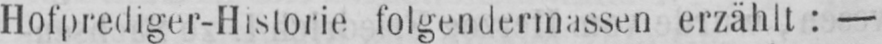
Hofprediger-Historie folgendermassen erzählt: -